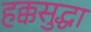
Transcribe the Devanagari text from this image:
हक्कसुद्धा